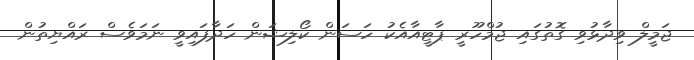
ޖަމީލް ވިދާޅުވި ގޮތުގައި ޖުމްހޫރީ ޕާޓީއާއެކު ހަސަން ކޯލިޝަން ހަދާފައިވީ ނަމަވެސް ރައްޔިތުން